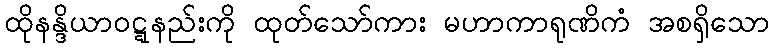
ထိုနန္ဒိယာဝဋ္ဋနည်းကို ထုတ်သော်ကား မဟာကာရုဏိကံ အစရှိသော